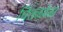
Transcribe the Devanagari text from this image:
चिंतळवेढा